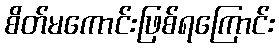
စိတ်မကောင်းဖြစ်ရကြောင်း